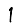
Digit: 1